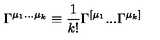
\Gamma ^ { \mu _ { 1 } . . . \mu _ { k } } \equiv { \frac { 1 } { k ! } } \Gamma ^ { [ \mu _ { 1 } } . . . \Gamma ^ { \mu _ { k } ] }